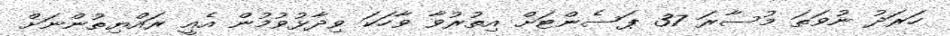
ހަރަދު ނުވަތަ މުސާރަ 37 ޕަސެންޓަށް އިތުރުވާ ވާހަކަ ވިދާޅުވުމުން އެއީ ރައްޔިތުންނަށް